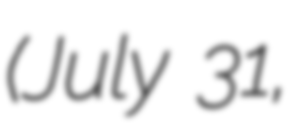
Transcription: (July 31,